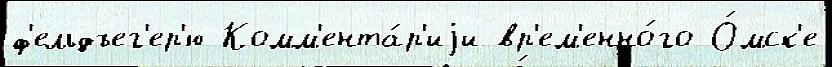
ф'ельдъег'ер'ю Комм'ента́р'иjи вр'ем'енно́го О́мск'е